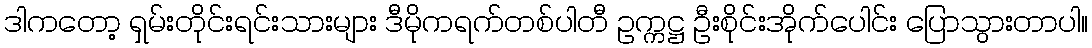
ဒါကတော့ ရှမ်းတိုင်းရင်းသားများ ဒီမိုကရက်တစ်ပါတီ ဥက္ကဋ္ဌ ဦးစိုင်းအိုက်ပေါင်း ပြောသွားတာပါ။